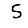
Digit: 5